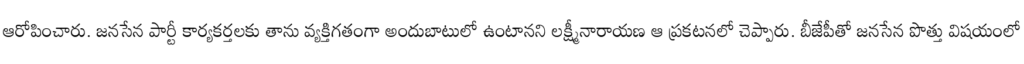
ఆరోపించారు. జనసేన పార్టీ కార్యకర్తలకు తాను వ్యక్తిగతంగా అందుబాటులో ఉంటానని లక్ష్మీనారాయణ ఆ ప్రకటనలో చెప్పారు. బీజేపీతో జనసేన పొత్తు విషయంలో